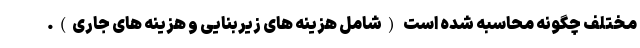
مختلف چگونه محاسبه شده است (شامل هزینه های زیربنایی و هزینه های جاری).